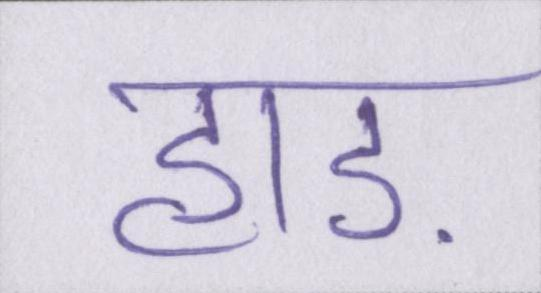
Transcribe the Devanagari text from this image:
हाड़